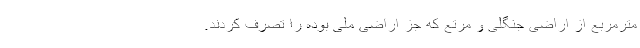
مترمربع از اراضی جنگلی و مرتع که جز اراضی ملی بوده را تصرف کردند.